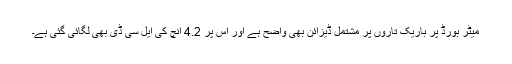
میٹر بورڈ پر باریک تاروں پر مشتمل ڈیزائن بھی واضح ہے اور اس پر 4.2 انچ کی ایل سی ڈی بھی لگائی گئی ہے۔